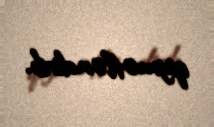
qiymətləndirib.